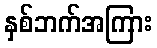
နှစ်ဘက်အကြား